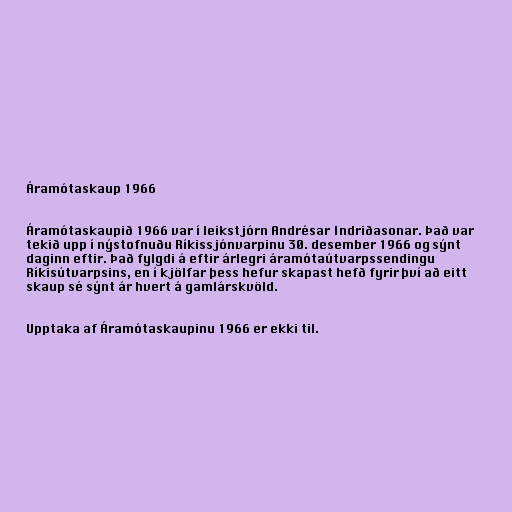
Áramótaskaup 1966

Áramótaskaupið 1966 var í leikstjórn Andrésar Indriðasonar. Það var
tekið upp í nýstofnuðu Ríkissjónvarpinu 30. desember 1966 og sýnt
daginn eftir. Það fylgdi á eftir árlegri áramótaútvarpssendingu
Ríkisútvarpsins, en í kjölfar þess hefur skapast hefð fyrir því að eitt
skaup sé sýnt ár hvert á gamlárskvöld.

Upptaka af Áramótaskaupinu 1966 er ekki til.